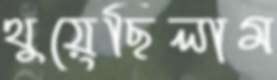
থুয়েছিলাম